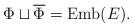
LaTeX: \begin{align*}\Phi\sqcup\overline{\Phi} = \mathrm{Emb}(E).\end{align*}